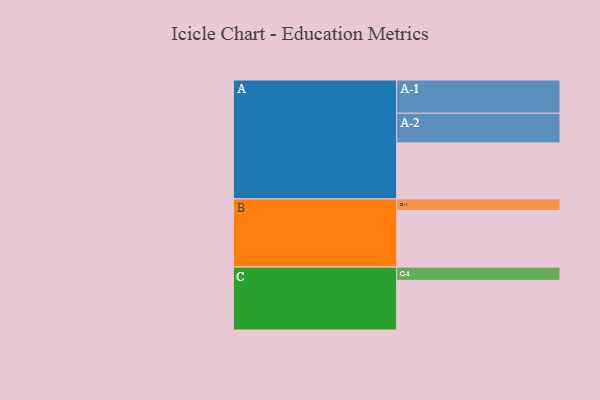
{"axis": {"x": "Segment", "y": "Value"}, "legend": ["", "A", "B", "C"], "data": [{"x": "A", "y": 482, "type": ""}, {"x": "B", "y": 487, "type": ""}, {"x": "C", "y": 427, "type": ""}, {"x": "A-1", "y": 286, "type": "A"}, {"x": "A-2", "y": 255, "type": "A"}, {"x": "B-1", "y": 100, "type": "B"}, {"x": "C-1", "y": 114, "type": "C"}]}